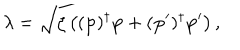
\lambda = \sqrt { \zeta \left( ( \mathbf { p } ) ^ { \dagger } \mathbf { p } + ( \mathbf { p } ^ { \prime } ) ^ { \dagger } \mathbf { p } ^ { \prime } \right) } \, ,